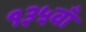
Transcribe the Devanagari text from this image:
१३५वाँ